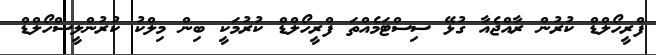
ފްރީހޯލްޑް ކުރުން ރާއްޖެއާ ގުޅޭ ސިސްޓަމެއްތަ ފްރީހޯލްޑް ކުރުމަކީ ބިން މިލްކު ކުރުންލީސްހޯލްޑް